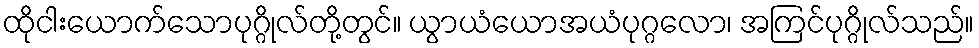
ထိုငါးယောက်သောပုဂ္ဂိုလ်တို့တွင်။ ယွာယံယောအယံပုဂ္ဂလော၊ အကြင်ပုဂ္ဂိုလ်သည်။